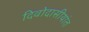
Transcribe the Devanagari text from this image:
दिवोदासीयांत